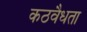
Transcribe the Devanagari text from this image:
कठवैधता